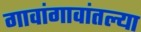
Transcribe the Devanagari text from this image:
गावांगावांतल्या